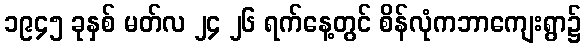
၁၉၄၅ ခုနှစ် မတ်လ ၂၄ ၂၆ ရက်နေ့တွင် စိန်လုံကဘာကျေးရွာ၌